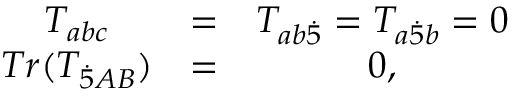
\begin{array} { c c c } { { T _ { a b c } } } & { { = } } & { { T _ { a b { \dot { 5 } } } = T _ { a { \dot { 5 } } b } = 0 } } \\ { { T r ( T _ { { \dot { 5 } } A B } ) } } & { { = } } & { { 0 , } } \end{array}